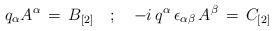
LaTeX: \begin{align*}q_{\alpha} A^{\alpha} \, = \, B_{[2]} \quad ; \quad -i \, q^{\alpha} \, \epsilon_{\alpha \beta} \, A^{\beta} \, = \, C_{[2]}\end{align*}